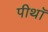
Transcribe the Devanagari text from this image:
पीथॉ